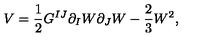
V = \frac { 1 } { 2 } G ^ { I J } \partial _ { I } W \partial _ { J } W - \frac { 2 } { 3 } W ^ { 2 } ,